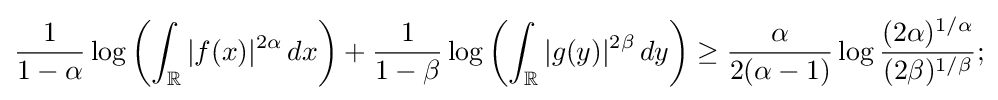
{\frac {1}{1-\alpha }}\log \left(\int _{\mathbb {R} }|f(x)|^{2\alpha }\,dx\right)+{\frac {1}{1-\beta }}\log \left(\int _{\mathbb {R} }|g(y)|^{2\beta }\,dy\right)\geq {\frac {\alpha }{2(\alpha -1)}}\log {\frac {(2\alpha )^{1/\alpha }}{(2\beta )^{1/\beta }}};